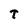
Character: t